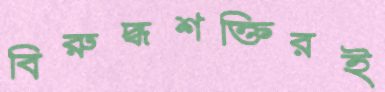
বিরুদ্ধশক্তিরই